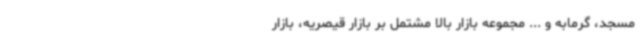
مسجد، گرمابه و ... مجموعه بازار بالا مشتمل بر بازار قیصریه، بازار